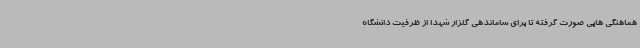
هماهنگی هایی صورت گرفته تا برای ساماندهی گلزار شهدا از ظرفیت دانشگاه